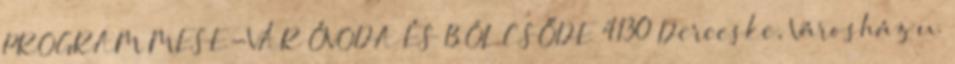
PROGRAM MESE-VÁR ÓVODA ÉS BÖLCSŐDE 4130 Derecske, Városház u.